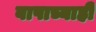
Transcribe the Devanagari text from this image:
बापाच्याही